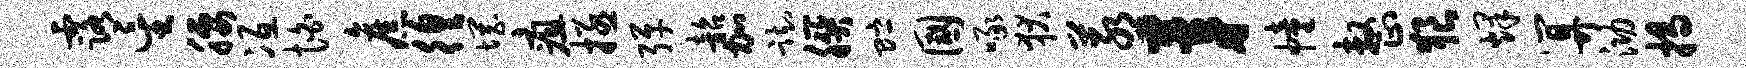
露星腰冱怕旧徨惘疽拯弹韶加踟朕贮国啄狄蒸茅幢整狼烽算泐揭